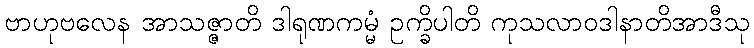
ဗာဟုဗလေန အာသဇ္ဇာတိ ဒါရုဏကမ္မံ ဥက္ခိပါတိ ကုသလာဝဒါနာတိအာဒီသု